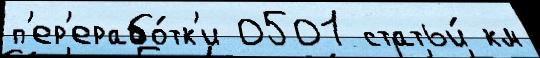
п'ер'ерабо́тк'и 0501 статьи́ км